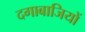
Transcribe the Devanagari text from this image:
दगाबाजियों